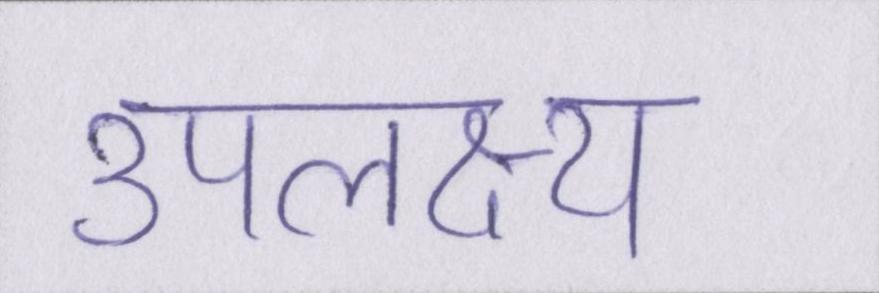
उपलक्ष्य